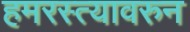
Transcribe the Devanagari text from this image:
हमरस्त्यावरुन